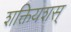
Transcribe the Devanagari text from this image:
शक्तियशस्